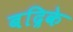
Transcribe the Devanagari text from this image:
बद्रिके